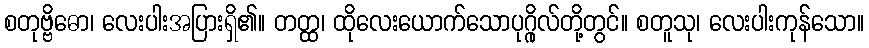
စတုဗ္ဗိဓော၊ လေးပါးအပြားရှိ၏။ တတ္ထ၊ ထိုလေးယောက်သောပုဂ္ဂိုလ်တို့တွင်။ စတူသု၊ လေးပါးကုန်သော။